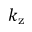
k _ { \mathrm { z } }